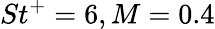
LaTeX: St^{+}=6,M=0.4